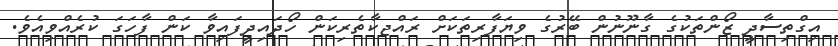
އިގްތިސާދީ ޒޯންތަކުގެ ގާނޫނުން ބޭރުގެ ވިޔަފާރިތަކަށް ރައްޖކާތެރިކަން ހޯދައިދީފައިވާ ކަން ފާހަގަ ކުރެއްވިއެވެ.